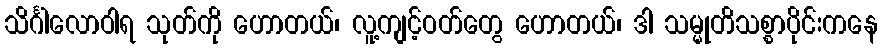
သိင်္ဂါလောဝါရ သုတ်ကို ဟောတယ်၊ လူ့ကျင့်ဝတ်တွေ ဟောတယ်၊ ဒါ သမ္မုတိသစ္စာပိုင်းကနေ